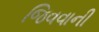
જિવવાની